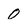
Character: 0